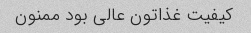
کیفیت غذاتون عالی بود ممنون